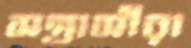
সন্ত্রাসীরা